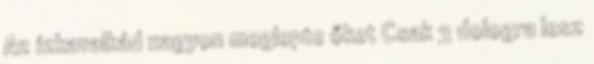
Az ízkavalkád nagyon meglepte őket Csak 3 dologra lesz